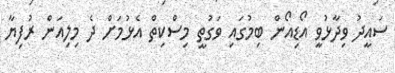
ސައީދު ވިދާޅުވީ އޯޑިއޯން ބިމުގައި ވަގުތީ މިސްކިތް އެޅުމަށް ދެ މިލިއަން ރުފިޔާ